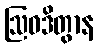
ဩဝဒိတွာန